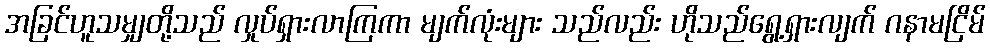
အခြင်ဟူသမျှတို့သည် လှုပ်ရှားလာကြကာ မျက်လုံးများ သည်လည်း ဟိုသည်ရွေ့ရှားလျက် ဂနာမငြိမ်